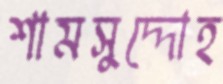
শামসুদ্দোহ